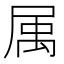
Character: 𡲇